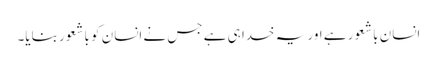
انسان باشعور ہے اور یہ خدا ہی ہے جس نے انسان کو باشعور بنایا۔